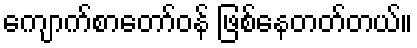
ကျောက်စာတော်ဝန် ဖြစ်နေတတ်တယ်။